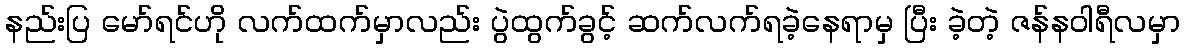
နည်းပြ မော်ရင်ဟို လက်ထက်မှာလည်း ပွဲထွက်ခွင့် ဆက်လက်ရခဲ့နေရာမှ ပြီး ခဲ့တဲ့ ဇန်နဝါရီလမှာ